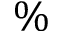
\%